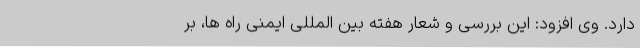
دارد. وی افزود: این بررسی و شعار هفته بین المللی ایمنی راه ها، بر